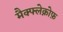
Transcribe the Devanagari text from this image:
मैक्फ्लेक्नोफ़